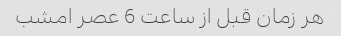
هر زمان قبل از ساعت 6 عصر امشب